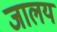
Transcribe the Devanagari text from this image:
जालय